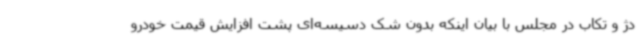
دژ و تکاب در مجلس با بیان اینکه بدون شک دسیسه‌ای پشت افزایش قیمت خودرو